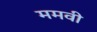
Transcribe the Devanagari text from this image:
ममवी